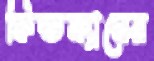
ফিল্ডম্যানের